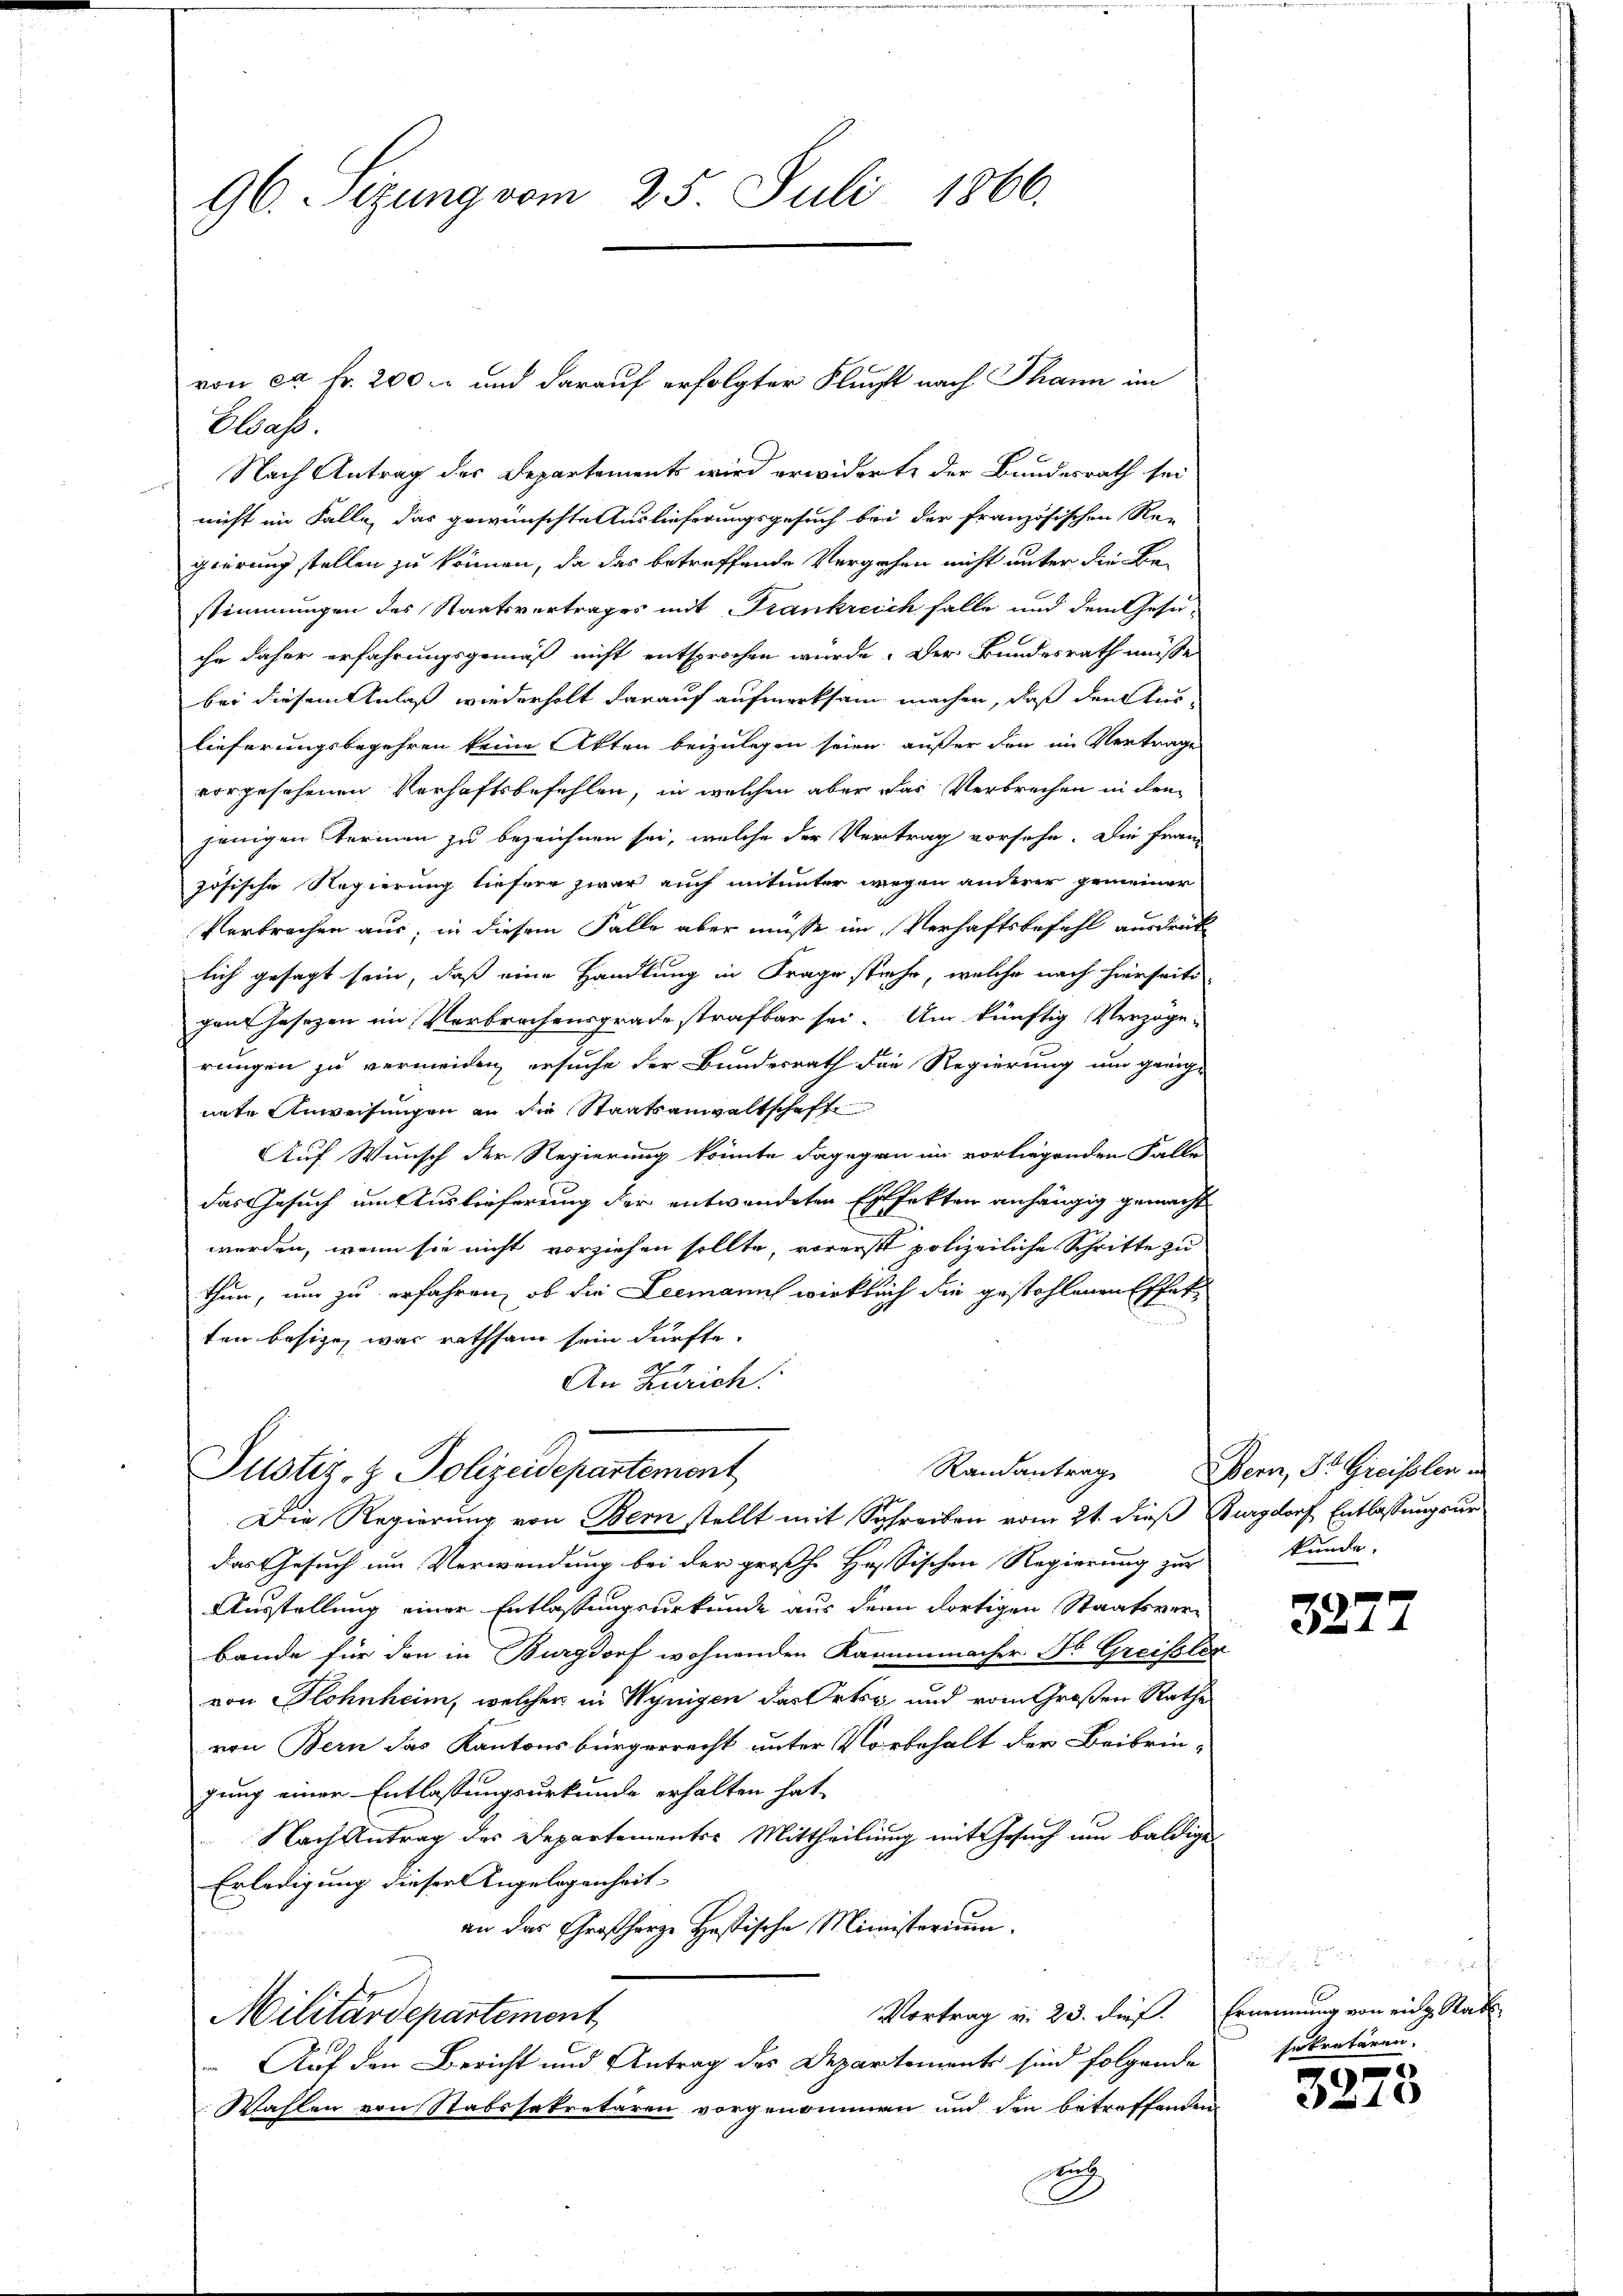
96. Sezung vom 25. Juli 1866.

Elsass.
Nach Antrag des Departements wird erwiderte der Bundesrath sei
nicht im Falle, das gewünschte Auslieferungsgesuch bei der französischen Re-
gierung stellen zu können, da das betreffende Vergehen nicht unter die Be-
stimmungen des Staatsvertrages mit Frankreich falle und dem Gesu-
chr daher erfahrungsgemäß nicht entsprochen würde. Der Bundesrath müsse
bei diesem Anlaß wiederholt darauf aufmerksam machen, daß den Auslieferungsbegehren keine Akten beizulegen seien außer den im Vertrage
vorgesehenen Verhaftsbefehlen, in welchen aber das Verbrechen in den
jenigen Termen zu bezeichnen sei, welche der Vertrag vorsehe. Die Franz
zösische Regierung liefere zwar auch mitunter wegen anderer gemeiner
Verbrechen aus, in diesem Falle aber müsse im Verhaftsbefehl ausdrück
lich gesagt sein, daß eine Handlung in Frage stiehe, welche nach hierseite
gen Jasezen im Verbrechensgrade strafbar sei. Um künftig Verzöge
rungen zu vermeiden, ersuche der Bundesrath die Regierung um geeig-
nete Anweisungen an die Staatsanwaltschafte
Auf Wunsch der Regierung könnte dagegen im vorliegenden Falle
das Gesuch um Auslieferung der entwendeten Effekten anhängig gemacht
werden, wenn sie nicht vorziehen sollte, vorerst polizeiliche Schritte zu
thun, um zu erfahren, ob die Leemann wirklich die gestohlenen Effekten besitze, was rathsam sein dürfte.
An Zürich.
Randantrag
Justiz- & Polizeidepartement
Die Regierung von Bern stellt mit Schreiben vom 21. dieß Burgdorf Entlassungsur
das Gesuch um Verwendung bei der großh. Hessischen Regierung zur kunde
Ausstellung einer Entlassungsurkunde aus dem dortigen Staatsverbande für den in Burgdorf wohnenden Karmmacher Fr. Greifslos
von Blohnheim, welcher in Wynigen das Orts, und vom Großen Rathe
von Bern das Kantonsbürgerrecht unter Vorbehalt der Beibrin-
gung einer Entlassungsurkunde erhalten hat,
Nach Antrag des Departements Mittheilung mit Gesuch um baldige
Erledigung dieser Angelegenheit-
an der Chroßherze Hastische Ministerium.
Vortrag v. 23. dief.
Militärdepartement
 Auf den Bericht und Antrag des Departements sind folgende
Wahlen von Stabssekretären vorgenommen und den betreffenden
uch

von ca Fr. 200 und darauf erfolgter Flucht nach Thann im

Bern, St. Greiflen u

3277

1
Ernennung von ein Stad
sekretären.
e

16